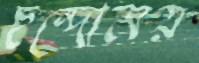
ছন্দোময়